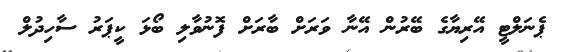
ޕެނަލްޓީ އޭރިޔާގެ ބޭރުން އޭނާ ވަރަށް ބާރަަށް ފޮނުވާލި ބޯޅަ ކީޕަރު ސާހިދުލް